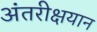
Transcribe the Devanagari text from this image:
अंतरीक्षयान